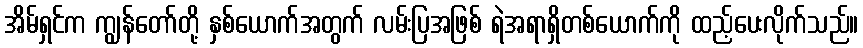
အိမ်ရှင်က ကျွန်တော်တို့ နှစ်ယောက်အတွက် လမ်းပြအဖြစ် ရဲအရာရှိတစ်ယောက်ကို ထည့်ပေးလိုက်သည်။